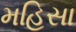
મહિસા